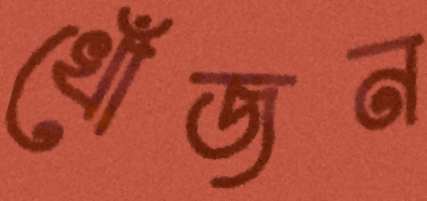
খোঁজন